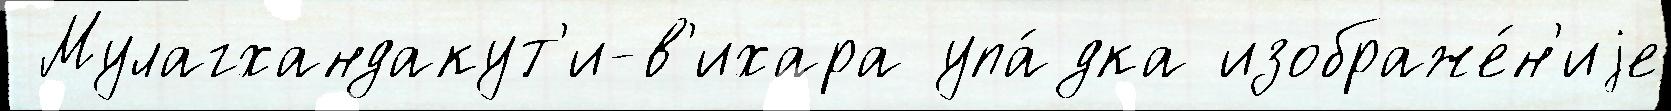
 Мулагхандакут'и-в'ихара упа́дка изображе́н'иjе